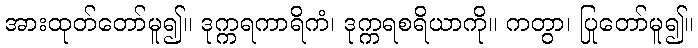
အားထုတ်တော်မူ၍။ ဒုက္ကရကာရိကံ၊ ဒုက္ကရစရိယာကို။ ကတွာ၊ ပြုတော်မူ၍။